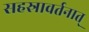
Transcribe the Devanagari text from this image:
सहस्रावर्तनात्‌